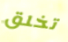
تخلق